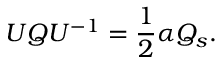
U { \cal Q } U ^ { - 1 } = { \frac { 1 } { 2 } } \alpha { \cal Q } _ { s } .